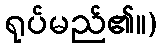
ရုပ်မည်၏။)